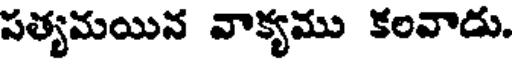
పత్యమయిన వాక్యము కలవాడు.